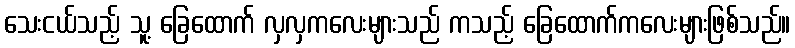
သေးငယ်သည့် သူ့ ခြေထောက် လှလှကလေးများသည် ကသည့် ခြေထောက်ကလေးများဖြစ်သည်။